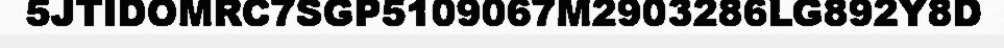
5JTIDOMRC7SGP5109067M2903286LG892Y8D